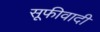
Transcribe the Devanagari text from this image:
सूफीवादी